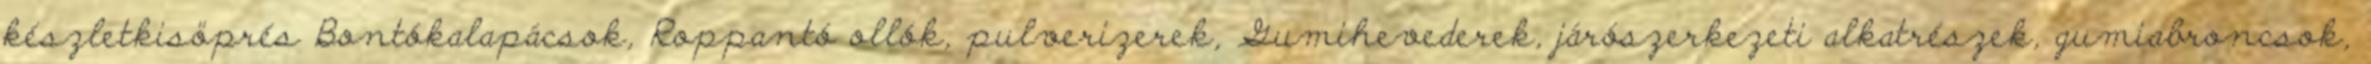
készletkisöprés Bontókalapácsok, Roppantó ollók, pulverizerek, Gumihevederek, járószerkezeti alkatrészek, gumiabroncsok,